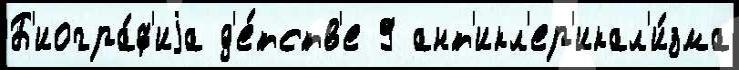
Б'иогра́ф'иjа д'е́тств'е 9 ант'икл'ер'икал'и́зма